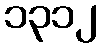
၁၃၁၂